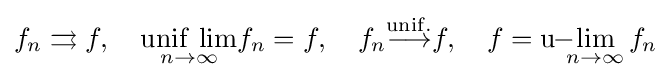
f_{n}\rightrightarrows f,\quad {\underset {n\to \infty }{\mathrm {unif\ lim} }}f_{n}=f,\quad f_{n}{\overset {\mathrm {unif.} }{\longrightarrow }}f,\quad f=\mathrm {u} \!\!-\!\!\!\lim _{n\to \infty }f_{n}